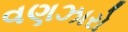
વણઝારો